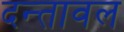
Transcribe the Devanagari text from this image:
दन्तावल